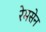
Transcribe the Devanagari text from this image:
रेमसेन